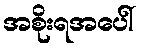
အစိုးရအပေါ်